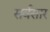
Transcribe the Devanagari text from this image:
सर्वसार